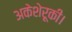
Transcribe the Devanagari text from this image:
अकेशेरूकी।